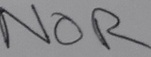
Text: NOR